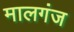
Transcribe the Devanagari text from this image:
मालगंज